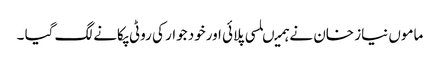
ماموں نیاز خان نے ہمیںلسی پلائی اورخود جوار کی روٹی پکانے لگ گیا ۔